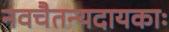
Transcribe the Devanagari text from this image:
नवचैतन्यदायकाः